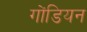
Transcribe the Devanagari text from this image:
गोंडियन